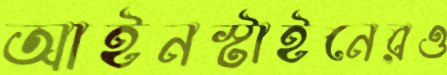
আইনস্টাইনেরও